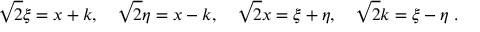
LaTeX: \sqrt { 2 } \xi = x + k , \quad \sqrt { 2 } \eta = x - k , \quad \sqrt { 2 } x = \xi + \eta , \quad \sqrt { 2 } k = \xi - \eta \; .